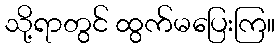
သို့ရာတွင် ထွက်မပြေးကြ။